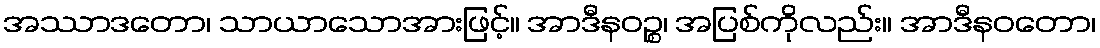
အဿာဒတော၊ သာယာသောအားဖြင့်။ အာဒီနဝဉ္စ၊ အပြစ်ကိုလည်း။ အာဒီနဝတော၊